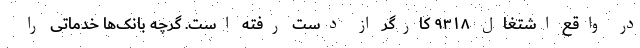
در واقع اشتغال ۹۳۱۸ کارگر از دست رفته است. گرچه بانک‌ها خدماتی را